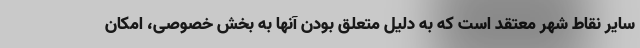
سایر نقاط شهر معتقد است که به دلیل متعلق بودن آنها به بخش خصوصی، امکان